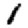
Digit: 1